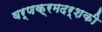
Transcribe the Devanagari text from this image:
वर्णक्रमदर्शकी